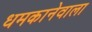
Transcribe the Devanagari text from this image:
धमकानेवाला